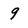
Character: 9